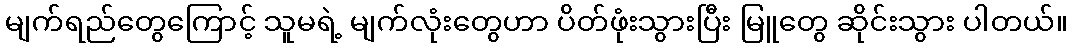
မျက်ရည်တွေကြောင့် သူမရဲ့ မျက်လုံးတွေဟာ ပိတ်ဖုံးသွားပြီး မြူတွေ ဆိုင်းသွား ပါတယ်။